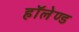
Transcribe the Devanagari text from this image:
हॉलेण्ड